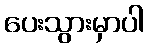
ပေးသွားမှာပါ